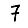
Digit: 7